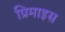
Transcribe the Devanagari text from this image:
प्रिमाइस